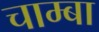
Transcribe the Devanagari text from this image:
चाम्बा